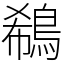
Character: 鵗